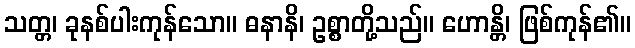
သတ္တ၊ ခုနစ်ပါးကုန်သော။ ဓနာနိ၊ ဥစ္စာတို့သည်။ ဟောန္တိ၊ ဖြစ်ကုန်၏။